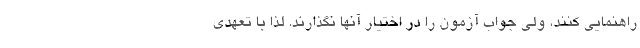
راهنمایی کنند، ولی جواب آزمون را در اختیار آنها نگذارند. لذا با تعهدی